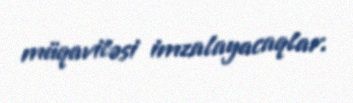
müqaviləsi imzalayacaqlar.